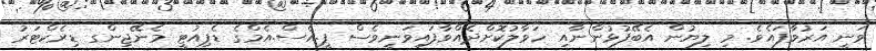
ވަނީ އަރުވާފައެވެ. މި ލިޔުން އެބޭފުޅުންނާއި ހަވާލުކޮށްދެއްވާފައިވަނީވެސް ޕީ.އެސް.އެމްގެ ޑެޕިއުޓީ މެނޭޖިންގ ޑިރެކްޓަރު